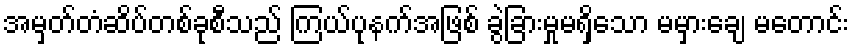
အမှတ်တံဆိပ်တစ်ခုစီသည် ကြယ်ပုနက်အဖြစ် ခွဲခြားမှုမရှိသော မမှားချေ မတောင်း